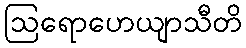
ဩရောဟေယျာသီတိ